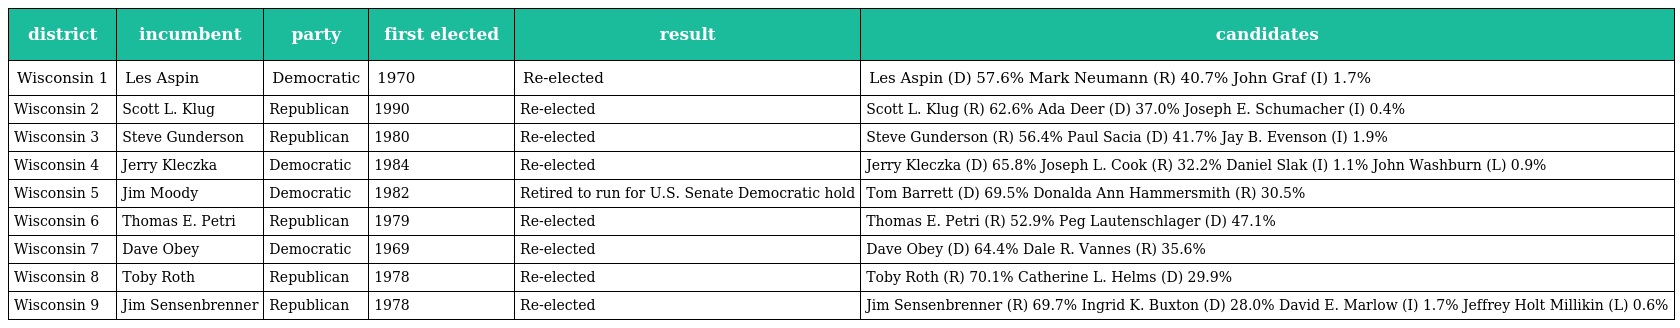
| district | incumbent | party | first elected | result | candidates |
 | --- | --- | --- | --- | --- | --- |
 | Wisconsin 1 | Les Aspin | Democratic | 1970 | Re-elected | Les Aspin (D) 57.6% Mark Neumann (R) 40.7% John Graf (I) 1.7% |
 | Wisconsin 2 | Scott L. Klug | Republican | 1990 | Re-elected | Scott L. Klug (R) 62.6% Ada Deer (D) 37.0% Joseph E. Schumacher (I) 0.4% |
 | Wisconsin 3 | Steve Gunderson | Republican | 1980 | Re-elected | Steve Gunderson (R) 56.4% Paul Sacia (D) 41.7% Jay B. Evenson (I) 1.9% |
 | Wisconsin 4 | Jerry Kleczka | Democratic | 1984 | Re-elected | Jerry Kleczka (D) 65.8% Joseph L. Cook (R) 32.2% Daniel Slak (I) 1.1% John Washburn (L) 0.9% |
 | Wisconsin 5 | Jim Moody | Democratic | 1982 | Retired to run for U.S. Senate Democratic hold | Tom Barrett (D) 69.5% Donalda Ann Hammersmith (R) 30.5% |
 | Wisconsin 6 | Thomas E. Petri | Republican | 1979 | Re-elected | Thomas E. Petri (R) 52.9% Peg Lautenschlager (D) 47.1% |
 | Wisconsin 7 | Dave Obey | Democratic | 1969 | Re-elected | Dave Obey (D) 64.4% Dale R. Vannes (R) 35.6% |
 | Wisconsin 8 | Toby Roth | Republican | 1978 | Re-elected | Toby Roth (R) 70.1% Catherine L. Helms (D) 29.9% |
 | Wisconsin 9 | Jim Sensenbrenner | Republican | 1978 | Re-elected | Jim Sensenbrenner (R) 69.7% Ingrid K. Buxton (D) 28.0% David E. Marlow (I) 1.7% Jeffrey Holt Millikin (L) 0.6% |